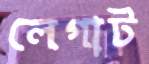
লেগাট